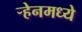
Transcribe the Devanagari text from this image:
ऱ्हेनमध्ये